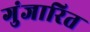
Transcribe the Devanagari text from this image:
गुंजारित